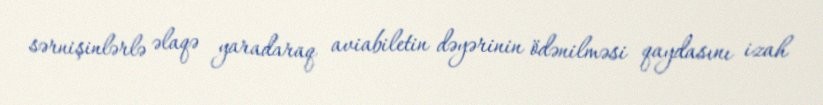
sərnişinlərlə əlaqə yaradaraq aviabiletin dəyərinin ödənilməsi qaydasını izah